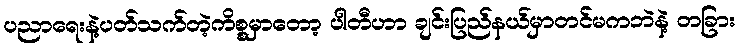
ပညာရေးနဲ့ပတ်သက်တဲ့ကိစ္စမှာတော့ ပါတီဟာ ချင်းပြည်နယ်မှာတင်မကဘဲနဲ့ တခြား